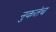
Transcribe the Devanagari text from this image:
नुकतंच